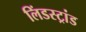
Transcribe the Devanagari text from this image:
लिंडस्ट्रांड